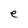
Character: e